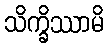
သိက္ခိဿာမိ